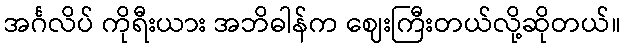
အင်္ဂလိပ် ကိုရီးယား အဘိဓါန်က ဈေးကြီးတယ်လို့ဆိုတယ်။